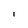
Character: i